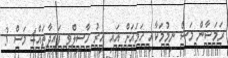
ރަމަޟާން މަސް ނިމުމަކާއި ހަމައަށް އައި އިރު ހާސިލްވި ފައިދާތައް4 މަސް 3